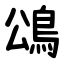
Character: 䲲